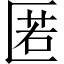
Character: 匿